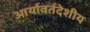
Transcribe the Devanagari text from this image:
आर्यावर्तदेशीय